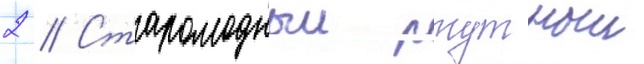
2 // Старомодныи ртутныи